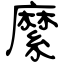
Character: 縻